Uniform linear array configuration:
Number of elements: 16
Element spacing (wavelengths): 1
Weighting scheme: hamming
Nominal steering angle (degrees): -45
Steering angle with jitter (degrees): -44.321
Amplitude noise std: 0.05
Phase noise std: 0.05

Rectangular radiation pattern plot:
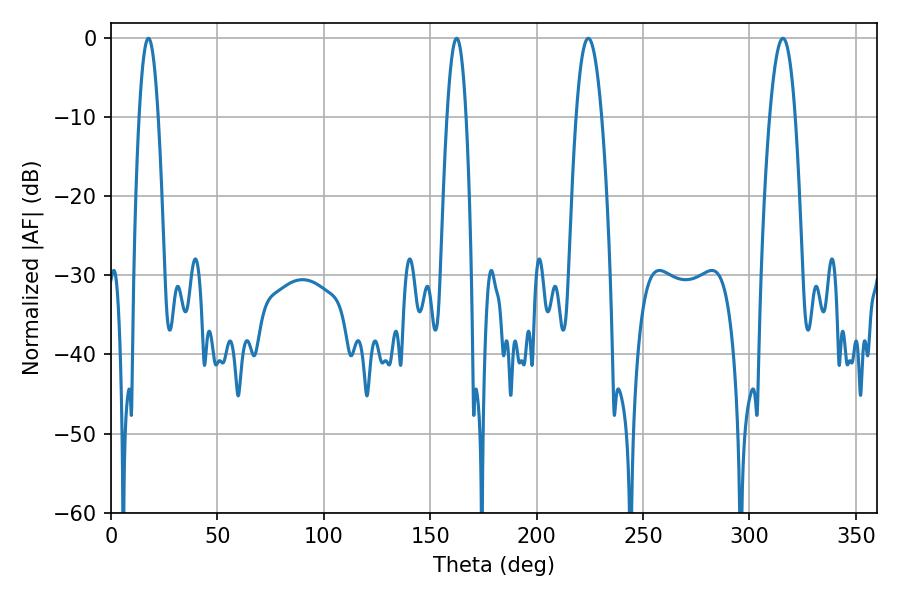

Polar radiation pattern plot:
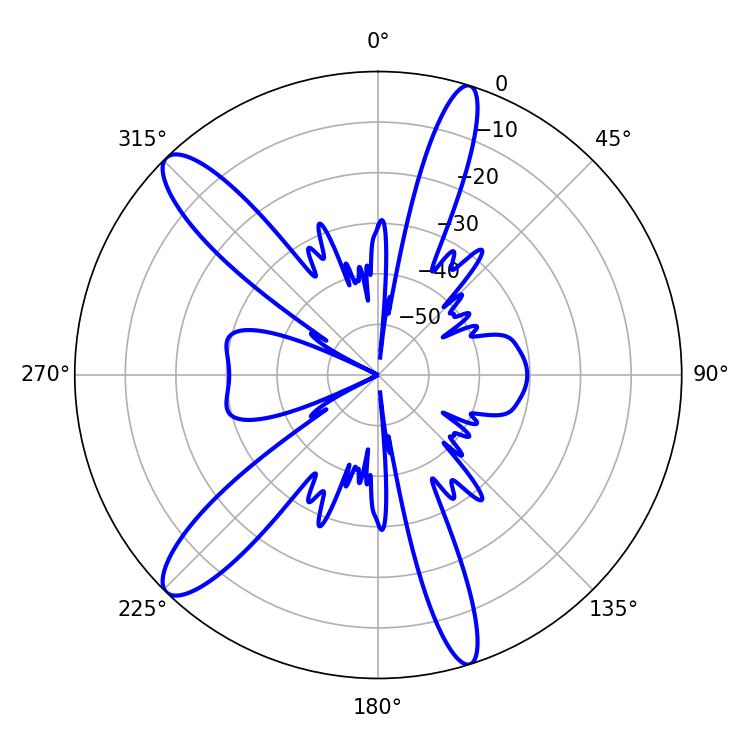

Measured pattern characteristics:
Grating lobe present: TRUE
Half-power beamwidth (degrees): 6.66
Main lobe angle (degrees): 224.28